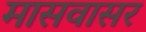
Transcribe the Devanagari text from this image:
मासवासर